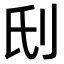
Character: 𠛊